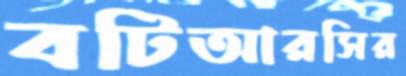
বটিআরসির